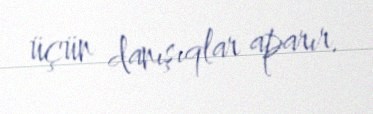
üçün danışıqlar aparır.